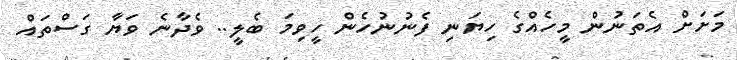
މަށަށް އެތަނުން މީހެއްގެ ހިޔަނި ފެނުނުހެން ހީވިމަ ބެލީ.. ވެދާނެ ވަޔާ ގަސްތައް